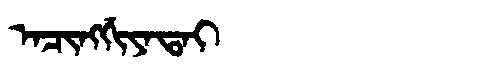
Manchu: ᠠᠴᡳᠩᡤᡳᠶᠠᡨᠠᡳ
Romanization: ACINGGIYATAI